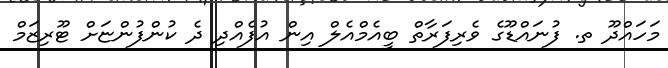
މަހައްދޫ ތ. ފުނައްޑޫގެ ވެރިފަރާތް ބީއެމްއެލް އިން އުފެއްދި ދެ ކުންފުންޏަށް ޓޫރިޒަމް